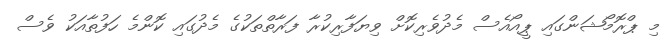
މި ޕްރޮމޯޝަންގައި ޕީއޯއެސް މެދުވެރިކޮށް ވިޔަފާރިކުރާ ފަރާތްތަކުގެ މެދުގައި ކޮންމެ ހަފުތާއަކު ވެސް